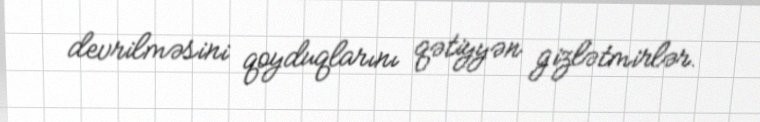
devrilməsini qoyduqlarını qətiyyən gizlətmirlər.